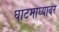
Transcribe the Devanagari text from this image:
घाटमाध्यावर